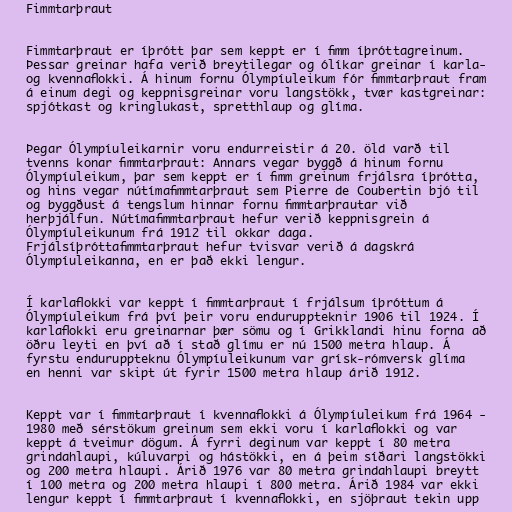
Fimmtarþraut

Fimmtarþraut er íþrótt þar sem keppt er í fimm íþróttagreinum.
Þessar greinar hafa verið breytilegar og ólíkar greinar í karla-
og kvennaflokki. Á hinum fornu Ólympíuleikum fór fimmtarþraut fram
á einum degi og keppnisgreinar voru langstökk, tvær kastgreinar:
spjótkast og kringlukast, spretthlaup og glíma.

Þegar Ólympíuleikarnir voru endurreistir á 20. öld varð til
tvenns konar fimmtarþraut: Annars vegar byggð á hinum fornu
Ólympíuleikum, þar sem keppt er í fimm greinum frjálsra íþrótta,
og hins vegar nútímafimmtarþraut sem Pierre de Coubertin bjó til
og byggðust á tengslum hinnar fornu fimmtarþrautar við
herþjálfun. Nútímafimmtarþraut hefur verið keppnisgrein á
Ólympíuleikunum frá 1912 til okkar daga.
Frjálsíþróttafimmtarþraut hefur tvisvar verið á dagskrá
Ólympíuleikanna, en er það ekki lengur.

Í karlaflokki var keppt í fimmtarþraut í frjálsum íþróttum á
Ólympíuleikum frá því þeir voru enduruppteknir 1906 til 1924. Í
karlaflokki eru greinarnar þær sömu og í Grikklandi hinu forna að
öðru leyti en því að í stað glímu er nú 1500 metra hlaup. Á
fyrstu enduruppteknu Ólympíuleikunum var grísk-rómversk glíma
en henni var skipt út fyrir 1500 metra hlaup árið 1912.

Keppt var í fimmtarþraut í kvennaflokki á Ólympíuleikum frá 1964 -
1980 með sérstökum greinum sem ekki voru í karlaflokki og var
keppt á tveimur dögum. Á fyrri deginum var keppt í 80 metra
grindahlaupi, kúluvarpi og hástökki, en á þeim síðari langstökki
og 200 metra hlaupi. Árið 1976 var 80 metra grindahlaupi breytt
í 100 metra og 200 metra hlaupi í 800 metra. Árið 1984 var ekki
lengur keppt í fimmtarþraut í kvennaflokki, en sjöþraut tekin upp